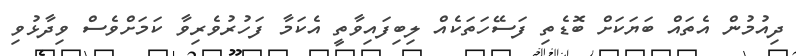
ދިއުމުން އެތައް ބަޔަކަށް ބޮޑެތި ފަސޭހަތަކެއް ލިބިފައިވާތީ އެކަމާ ފަހުރުވެރިވާ ކަމަށްވެސް ވިދާޅުވި